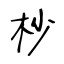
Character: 杪